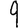
Digit: 9